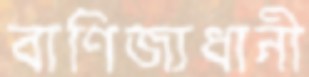
বাণিজ্যধানী